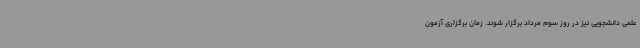
علمی دانشجویی نیز در روز سوم مرداد برگزار شوند. زمان برگزاری آزمون